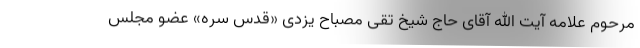
مرحوم علامه آیت الله آقای حاج شیخ تقی مصباح یزدی «قدس سره» عضو مجلس